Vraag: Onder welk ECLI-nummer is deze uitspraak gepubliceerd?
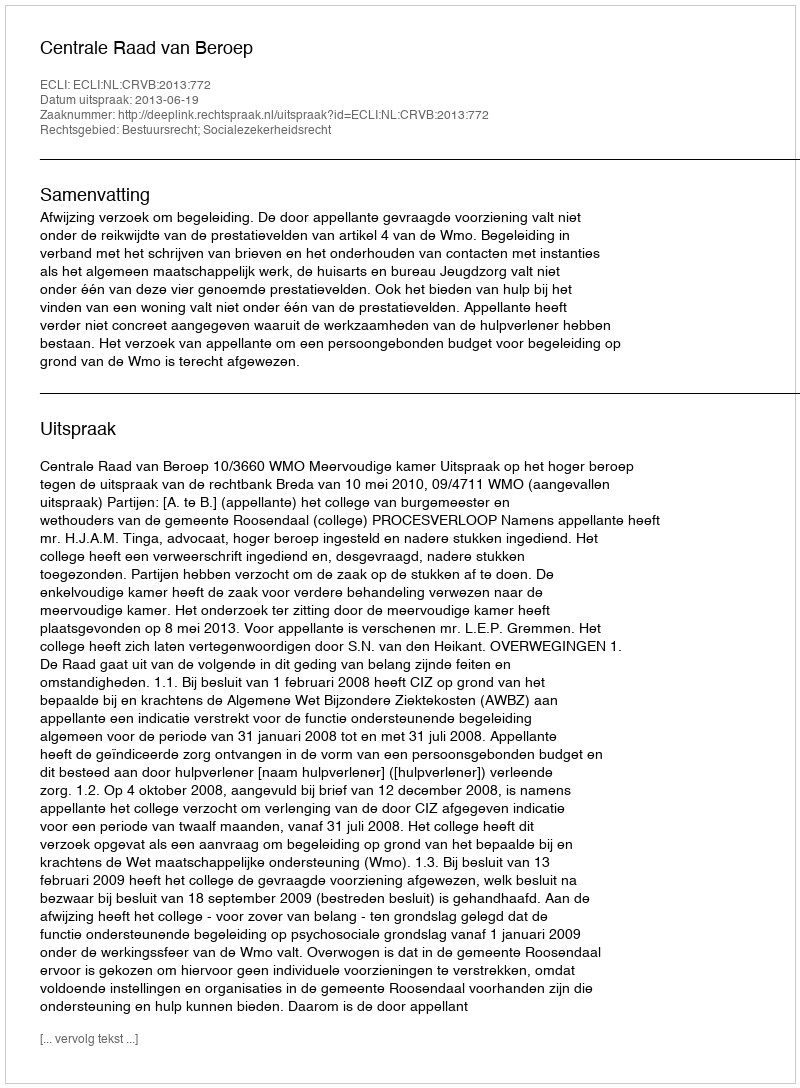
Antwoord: ECLI:NL:CRVB:2013:772